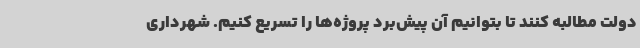
دولت مطالبه کنند تا بتوانیم آن پیش‌برد پروژه‌ها را تسریع کنیم. شهرداری